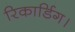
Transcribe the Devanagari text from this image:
रिकार्डिग।